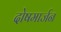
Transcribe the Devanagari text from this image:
दोषमार्जन